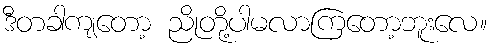
ဒီတခါကျတော့ ညိုတို့ပါမလာကြတော့ဘူးလေ။